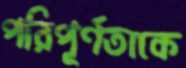
পরিপূর্ণতাকে